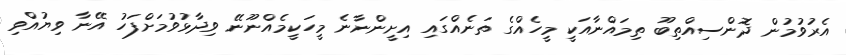
އެރުވުމުން ދޮންސިއްތިބޫ ތިމައްނާއަކީ މީހެއްގެ ތަނެއްގައި އިށީންނާނެ މީހަކީމެއްނޫނޭ ވިދާޅުވުމަށްފަހު އޭނާ ވިޔުއްވި